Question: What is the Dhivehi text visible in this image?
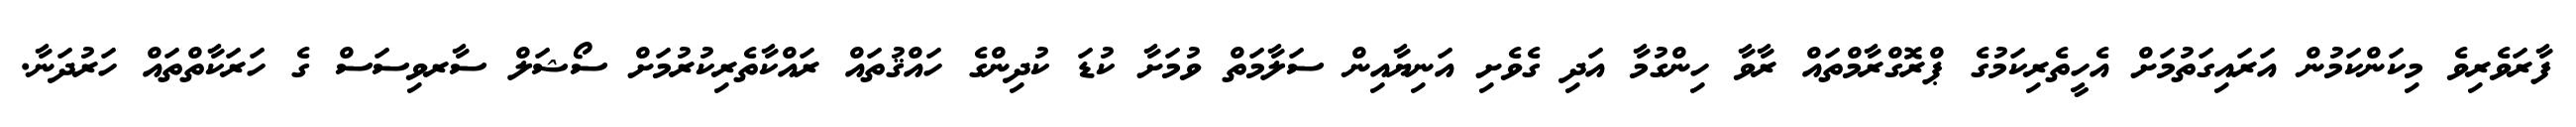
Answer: ފާރަވެރިވެ މިކަންކަމުން އަރައިގަތުމަށް އެހީތެރިކަމުގެ ޕްރޮގްރާމްތައް ރާވާ ހިންގުމާ އަދި ގެވެށި އަނިޔާއިން ސަލާމަތް ވުމަށާ ކުޑަ ކުދިންގެ ހައްޤުތައް ރައްކާތެރިކުރުމަށް ސޯޝަލް ސާރވިސަސް ގެ ހަރަކާތްތައް ހަރުދަނާ.